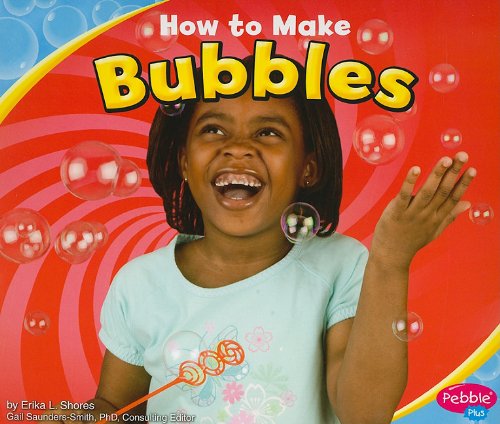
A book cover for How to Make Bubbles (Hands-On Science Fun); Erika L. Shores; Children's Books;